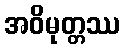
အဝိမုတ္တဿ